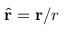
\hat { \mathbf { r } } = \mathbf { r } / r